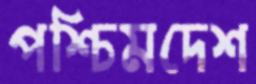
পশ্চিমদেশ